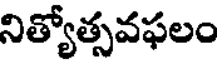
నిత్యోత్సవఫలం